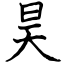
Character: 昊